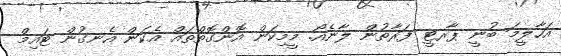
އަހާލީމަ ބުނީ ޕާރޓީ ފަރާތުން ލާނެއޯ. މީމިކަން އޮންގޮތްތައް އެކަން އެނގުން ޓައިމް